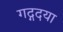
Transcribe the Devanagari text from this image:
गद्गदया